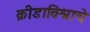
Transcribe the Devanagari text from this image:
क्रीडाविश्वाचे